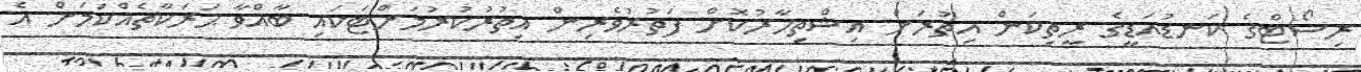
ރިސޯޓްގެ ކަނޑުއަޑީގެ ރީތިކަން އިތުރަށް އިޝްތިހާރުކޮށް ފަތުރުވެރިން އިތުރުކުރުމަށްޓަކައި ބާއްވާ ޙަރަކާތެއްކަމަށް އެ